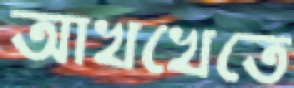
আখখেতে